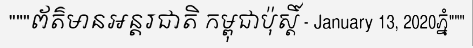
"""ព័ត៌មានអន្តរជាតិ កម្ពុជាប៉ុស្តិ៍ - January 13, 2020ភ្នំ"""